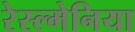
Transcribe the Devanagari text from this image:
रेस्ल्मेनिया